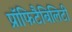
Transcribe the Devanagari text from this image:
प्रॉफिटैबिलिटी